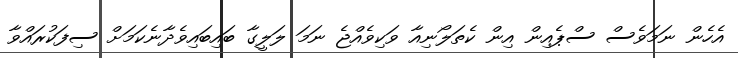
އެހެން ނަމަވެސް ސްޕެއިން އިން ކެތަލޯނިއާ ވަކިވެއްޖެ ނަމަ ލަލީގާ ބައިބައިވެދާނެކަމަށް ސިފަކުރައްވާ